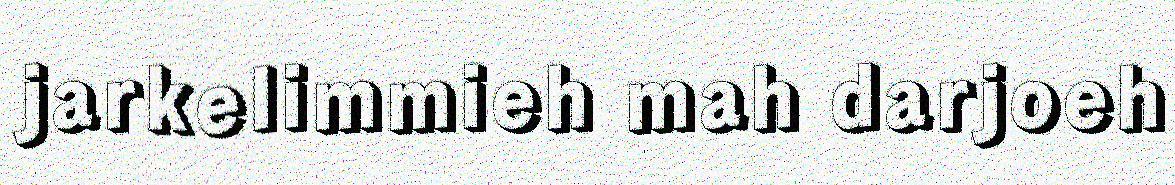
jarkelimmieh mah darjoeh